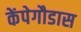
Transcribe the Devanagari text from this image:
केंपेगौडास